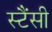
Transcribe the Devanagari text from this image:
स्टैंसी